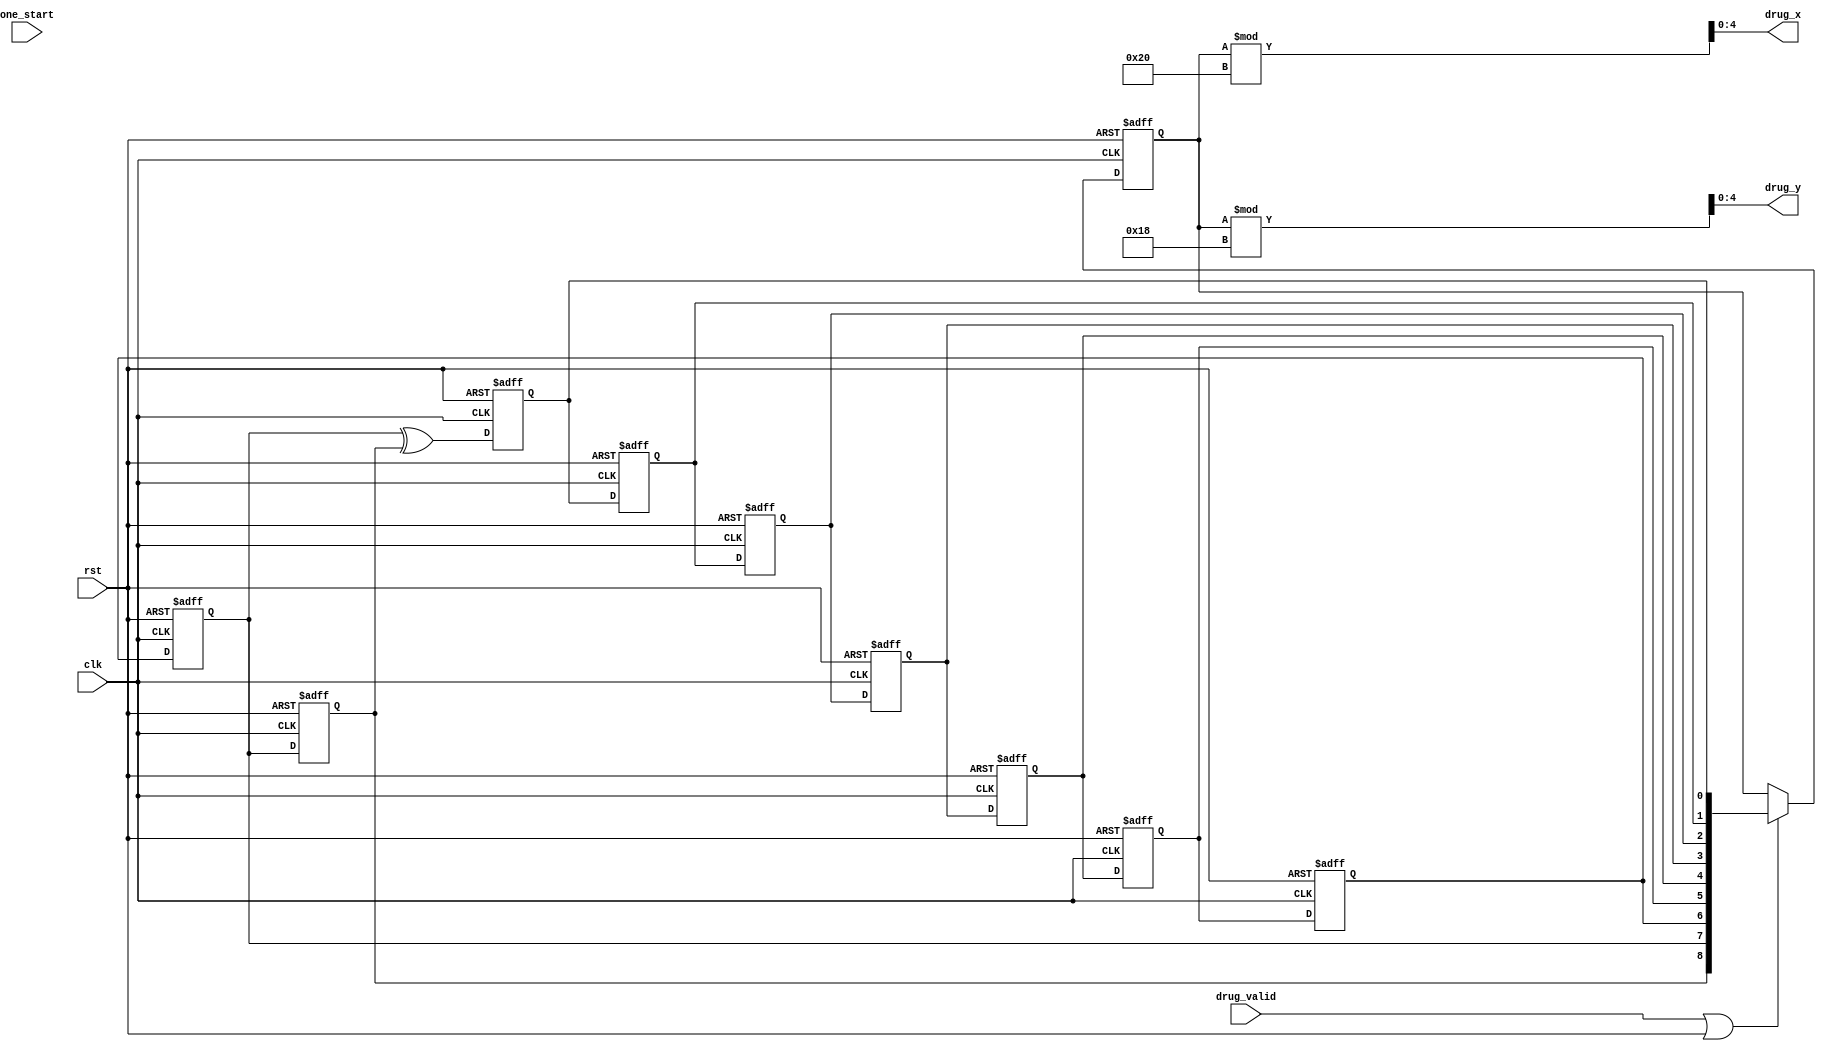
`timescale 1ns / 1ps
//////////////////////////////////////////////////////////////////////////////////
// Company: 
// Engineer: 
// 
// Design Name: 
// Module Name: random_drug_generator
// Project Name: 
// Target Devices: 
// Tool Versions: 
// Description: 
// 
// Dependencies: 
// 
// Revision:
// Revision 0.01 - File Created
// Additional Comments:
// 
//////////////////////////////////////////////////////////////////////////////////


module random_drug_generator(
input clk,
input rst,
input drug_valid,
input one_start,
output reg[4:0]drug_x,
output reg[4:0]drug_y
    );
    
reg in, r1, r2, r3, r4, r5, r6, r7, r8;
reg [8:0]temp_sum, sum;

always@(posedge clk or posedge rst)
if(rst==1)
  begin
    in <= 0;
    r1 <= 0;
    r2 <= 0;
    r3 <= 1;
    r4 <= 0;
    r5 <= 0;
    r6 <= 0;
    r7 <= 1;
    r8 <= 0;
  end

else
  begin
    in <= r7 ^ r8;
    r1 <= in;
    r2 <= r1;
    r3 <= r2;
    r4 <= r3;
    r5 <= r4;
    r6 <= r5;
    r7 <= r6;
    r8 <= r7;
  end
  
always@*
if(drug_valid==1 || rst==1)
  temp_sum = {r8,r7,r6,r5,r4,r3,r2,r1,in};
else
  temp_sum = sum;

always@(posedge clk or posedge rst)
if(rst==1)
    sum <= 6'd40;
else
    sum <= temp_sum;

always@* 
begin
drug_x = sum%32;
drug_y = sum%24;
end

endmodule